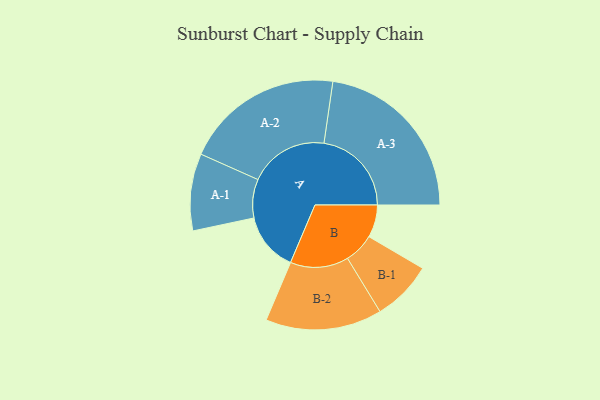
{"axis": {"x": "Segment", "y": "Value"}, "legend": ["", "A", "B"], "data": [{"x": "A", "y": 197, "type": ""}, {"x": "B", "y": 109, "type": ""}, {"x": "A-1", "y": 129, "type": "A"}, {"x": "A-2", "y": 266, "type": "A"}, {"x": "A-3", "y": 293, "type": "A"}, {"x": "B-1", "y": 101, "type": "B"}, {"x": "B-2", "y": 195, "type": "B"}]}